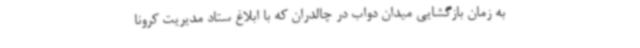
به زمان بازگشایی میدان دواب در چالدران که با ابلاغ ستاد مدیریت کرونا